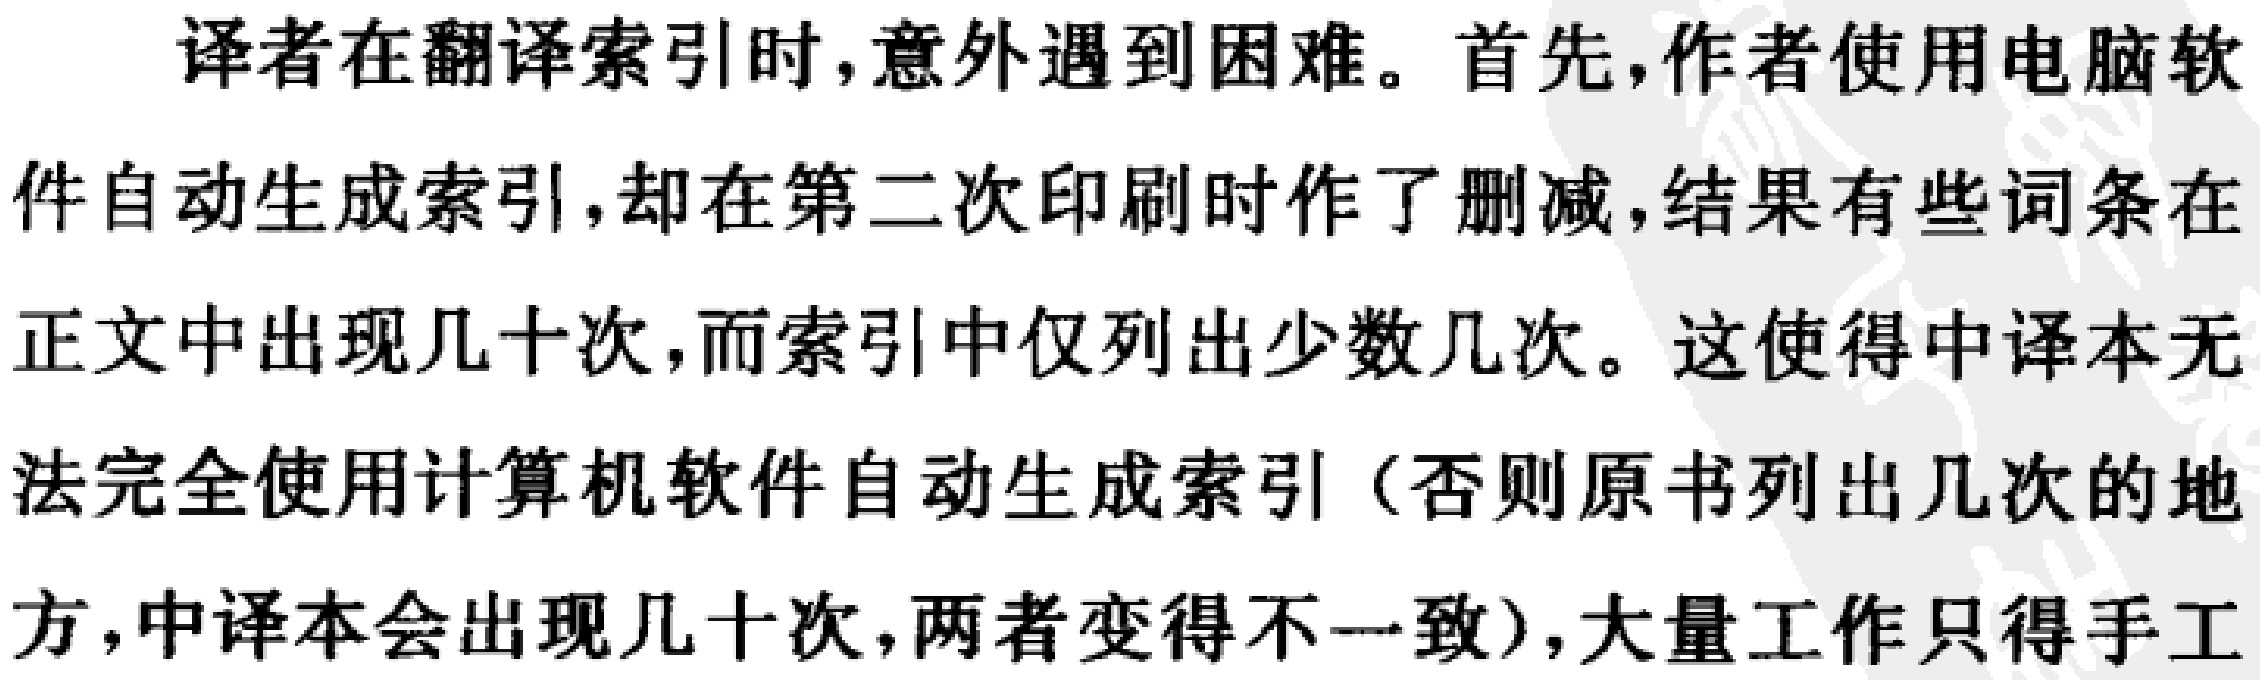
译者在翻译索引时,意外遇到困难。首先,作者使用电脑软件自动生成索引,却在第二次印刷时作了删减,结果有些词条在正文中出现几十次,而索引中仅列出少数几次。这使得中译本无法完全使用计算机软件自动生成索引（否则原书列出几次的地方,中译本会出现几十次,两者变得不一致）,大量工作只得手工